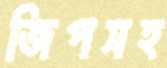
জিপসহ